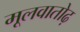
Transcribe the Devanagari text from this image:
मूलवातोढ़